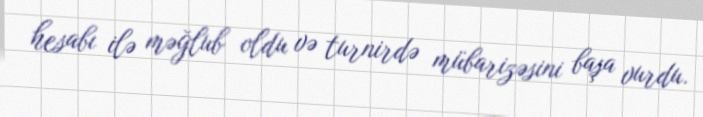
hesabı ilə məğlub oldu və turnirdə mübarizəsini başa vurdu.